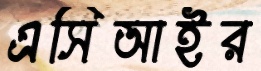
এসিআইর